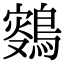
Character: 𪂸